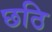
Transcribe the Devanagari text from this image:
छठि